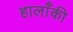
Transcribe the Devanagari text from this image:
हालाँकी